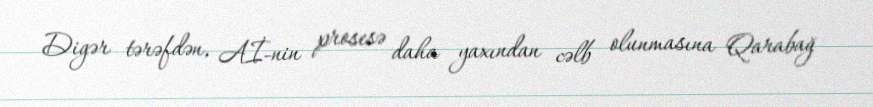
Digər tərəfdən, Aİ-nin prosesə daha yaxından cəlb olunmasına Qarabağ